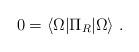
LaTeX: \begin{align*}0= \langle \Omega \vert \Pi_R\vert \Omega \rangle \; .\end{align*}